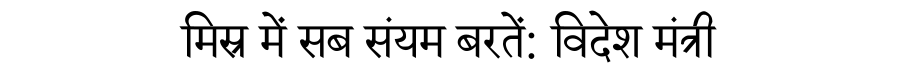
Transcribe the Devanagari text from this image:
मिस्र में सब संयम बरतें: विदेश मंत्री